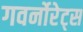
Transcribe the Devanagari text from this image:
गवर्नोरेट्स